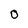
Character: O